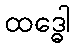
ထဒ္ဓေါ